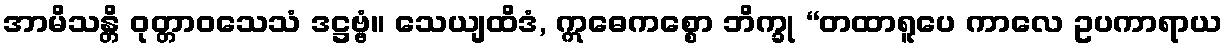
အာမိသန္တိ ဝုတ္တာဝသေသံ ဒဋ္ဌဗ္ဗံ။ သေယျထိဒံ, ဣဓေကစ္စော ဘိက္ခု “တထာရူပေ ကာလေ ဥပကာရာယ